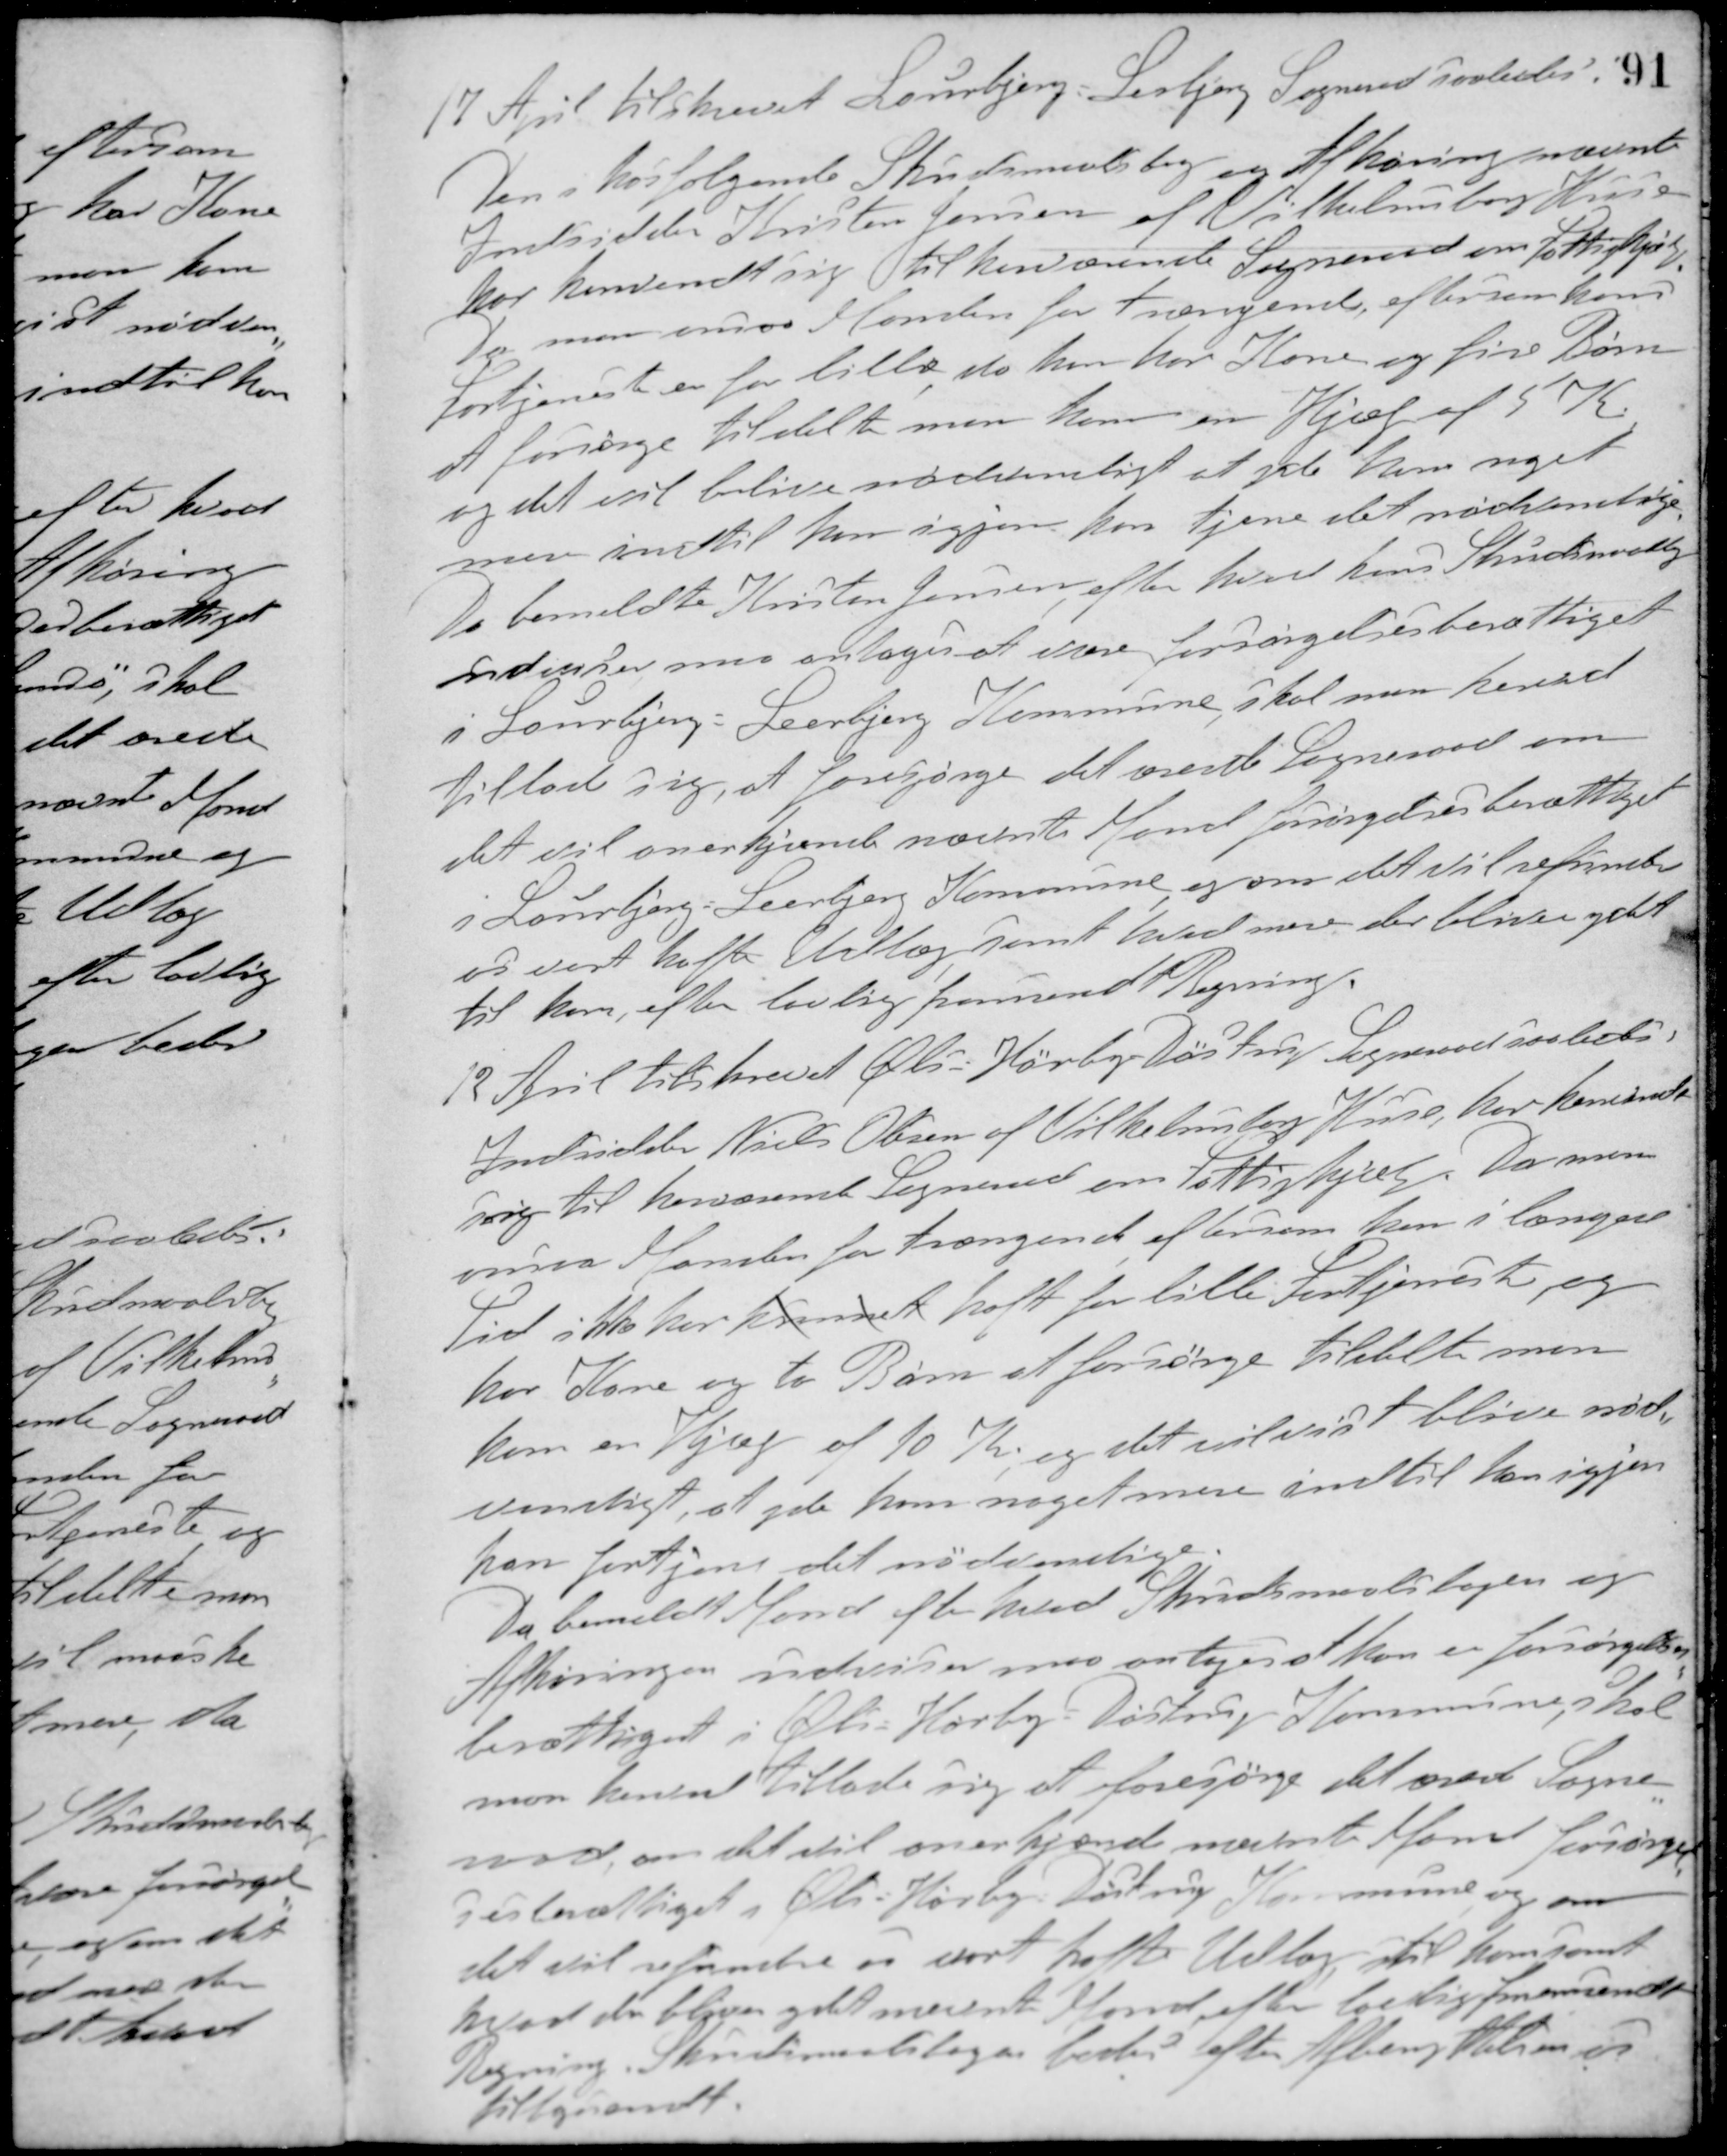
Transskription:
17 April tilskrevet Laurbjerg-Lerbjerg Sogneraad saaledes:
Den i hosfølgende Skudsmaalsbog og Afhøring nævnte
Indsidder Kristen Jensen af Vilhelmsborg Huse
har henvendt sig til herværende Sogneraad om Fattighjælp
Da man anser Manden for trængende, eftersom hans
fortjeneste en for lille, da han har Kone og fire Børn
at forsørge tildelte man ham en Hjælp af 5 Kr.
og det vil blive nødvenligt at yde ham noget
mere indtil han igjen kan tjene det nødvendige
Da bemeldte Kristen Jensen efter hvad hans Skudsmaalsbog
udviser maa antages at være forsørgelsesberettiget
i Laurbjerg-Leerbjerg Kommune, skal man herved
tillade sig, at forespørge det ærede Sogneraad om
det vil anerkjende nævnte Mand forsørgelsesberettiget
i Laurbjerg-Leerbjerg Kommune, og om det vil refundere
os vort hafte Udlæg samt hvad mere der bliver ydet
til ham, efter lovlig fremsendt Regning.
12 April tilskrevet Øls-Hørby-Døstrup Sogneraads saaledes:
Indsidder Niels Olsen af Vilhelmsborg Huse, har henvendt
sig til herværende Sogneraad om Fattighjælp. Da man
ansaa Manden for trængende eftersom han i længere
Tid ikke har kunnet haft for lille Fortjeneste, og
har Kone og to Børn at forsørge tildelte man
ham en Hjælp af 10 Kr., og det vil vist blive nød-
vendigt, at yde ham noget mere indtil han igjen
kan fortjene det nødvendige.
Da bemeldte Mand efter hvad Skudsmaalsbogen og
Afhøringen udviser maa antages at han er forsørgelses-
berettiget i Øls-Hørby-Døstrup Kommune, skal
man hermed Tillade sig at forespørge det ærede Sogne-
raad, om det vil anerkjende nævnte Mand forsørgel-
sesberettiget i Øls-Hørby-Døstrup Kommune og om
det vil refundere os vort hafte Udlæg til ham samt
hvad der bliver ydet nævnte Mand, efter lovlig fremsendt
Regning. Skudsmaalsbogen bedes efter Afbenyttelsen os
tilbagesendt.